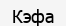
Кэфа